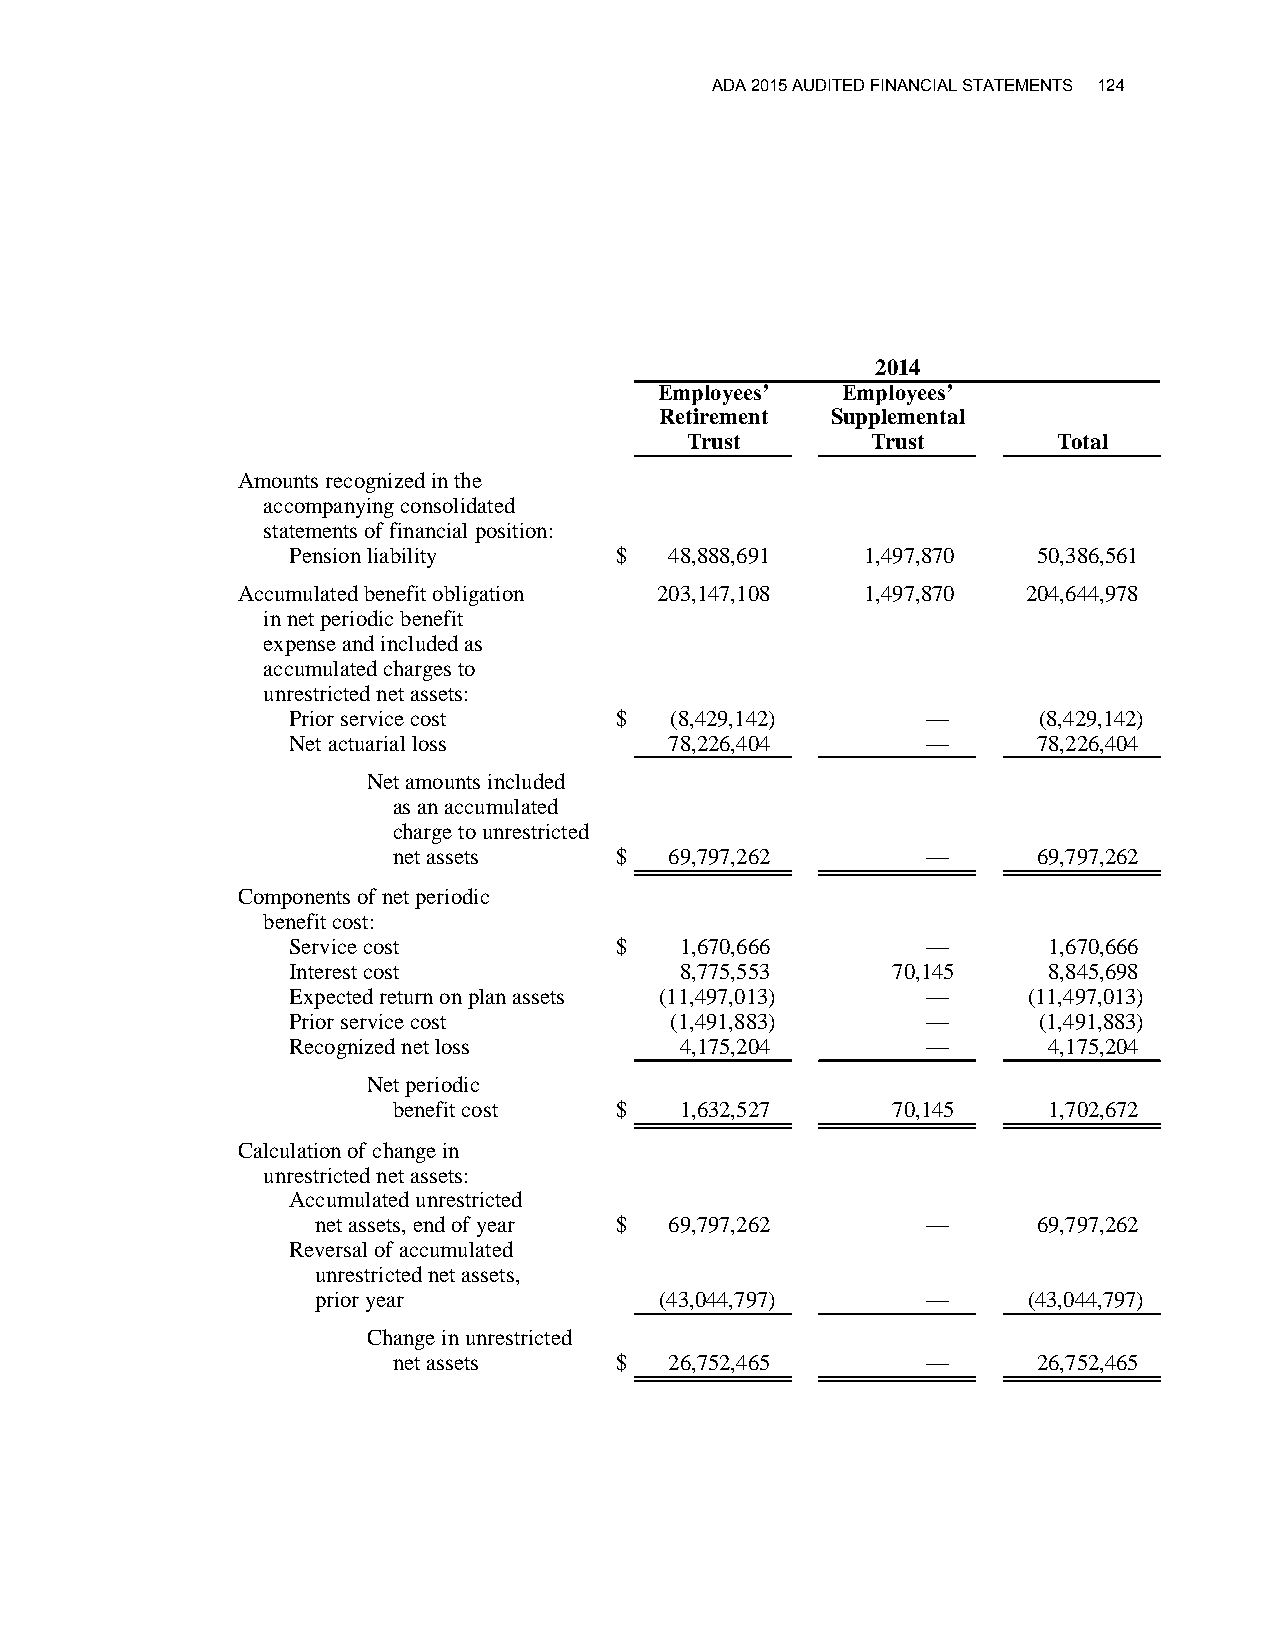
ADA 2015 AUDITED FINANCIAL STATEMENTS 124
 2014
 Employees’  Employees’
 Retirement Supplemental
 Trust        Trust       Total
 Amounts recognized in the
 accompanying consolidated
 statements of financial position:
 Pension liability     $  48,888,691   1,497,870   50,386,561
 Accumulated benefit obligation 203,147,108 1,497,870 204,644,978
 in net periodic benefit
 expense and included as
 accumulated charges to
 unrestricted net assets:
 Prior service cost    $  (8,429,142)      —       (8,429,142)
 Net actuarial loss       78,226,404       —       78,226,404
 Net amounts included
 as an accumulated
 charge to unrestricted
 net assets     $  69,797,262       —       69,797,262
 Components of net periodic
 benefit cost:
 Service cost          $   1,670,666       —       1,670,666
 Interest cost             8,775,553     70,145    8,845,698
 Expected return on plan assets (11,497,013) —    (11,497,013)
 Prior service cost       (1,491,883)      —       (1,491,883)
 Recognized net loss       4,175,204       —       4,175,204
 Net periodic
 benefit cost   $   1,632,527     70,145    1,702,672
 Calculation of change in
 unrestricted net assets:
 Accumulated unrestricted
 net assets, end of year $ 69,797,262    —       69,797,262
 Reversal of accumulated
 unrestricted net assets,
 prior year             (43,044,797)     —      (43,044,797)
 Change in unrestricted
 net assets     $  26,752,465       —       26,752,465